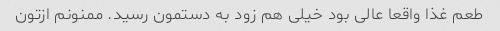
طعم غذا واقعا عالی بود خیلی هم زود به دستمون رسید. ممنونم ازتون